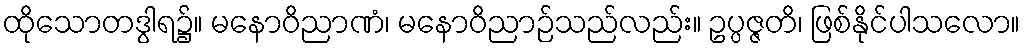
ထိုသောတဒွါရ၌။ မနောဝိညာဏံ၊ မနောဝိညာဉ်သည်လည်း။ ဥပ္ပဇ္ဇတိ၊ ဖြစ်နိုင်ပါသလော။